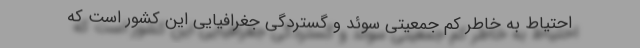
احتیاط به خاطر کم جمعیتی سوئد و گستردگی جغرافیایی این کشور است که